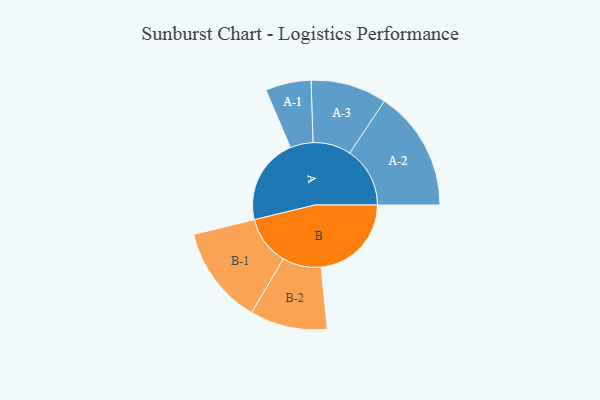
{"axis": {"x": "Segment", "y": "Value"}, "legend": ["", "A", "B"], "data": [{"x": "A", "y": 419, "type": ""}, {"x": "B", "y": 439, "type": ""}, {"x": "A-1", "y": 111, "type": "A"}, {"x": "A-2", "y": 293, "type": "A"}, {"x": "A-3", "y": 185, "type": "A"}, {"x": "B-1", "y": 239, "type": "B"}, {"x": "B-2", "y": 188, "type": "B"}]}